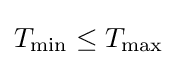
T_{\mathrm {min} }\leq T_{\mathrm {max} }